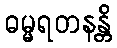
ဓမ္မရတနန္တိ